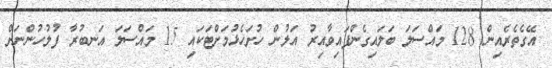
އޭގެތެރެއިން 128 މައްސަލަ ބަލައިގެންފައިވާއިރު އަލުން ހުށަހެޅުމަށްޓަކައި 15 މައްސަލަ އަނބުރާ ފުލުހުންނަށް